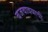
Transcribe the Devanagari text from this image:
बजवावयाची